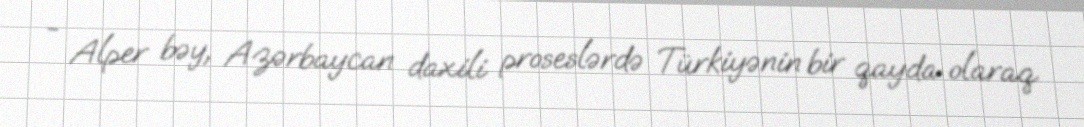
- Alper bəy, Azərbaycan daxili proseslərdə Türkiyənin bir qayda olaraq